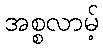
အစ္စလာမ့်